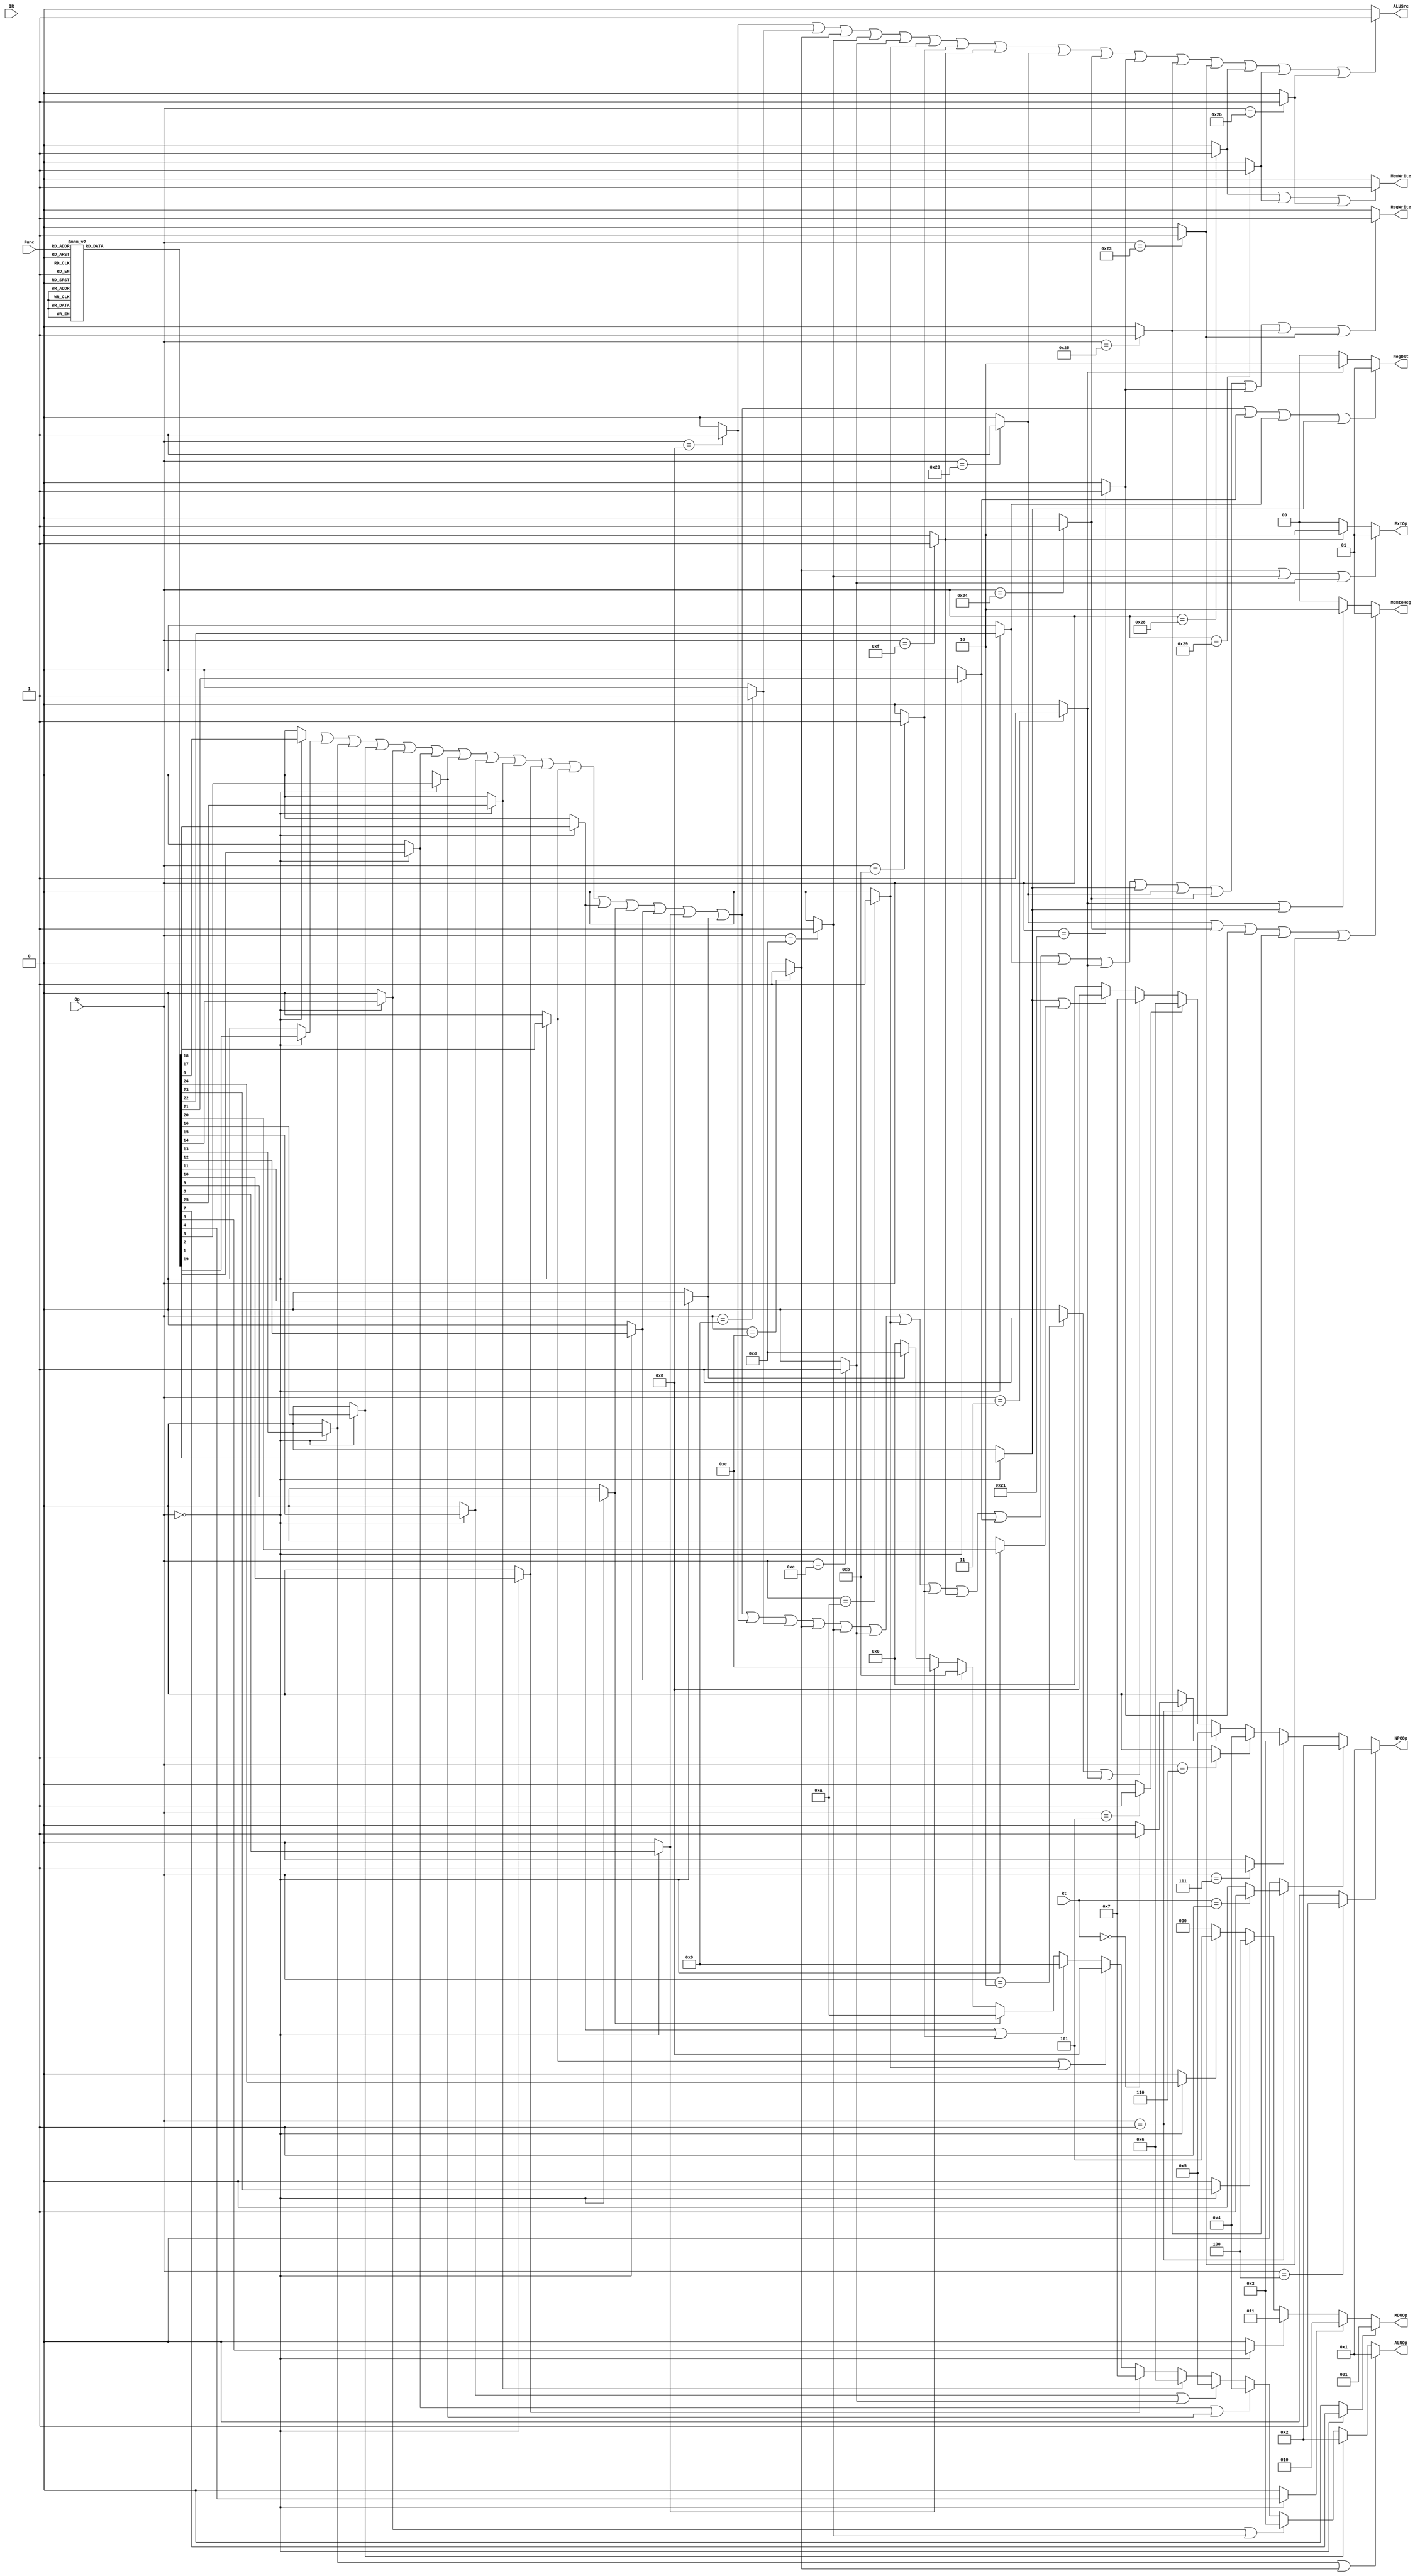
`timescale 1ns / 1ps
//////////////////////////////////////////////////////////////////////////////////
// Company: 
// Engineer: 
// 
// Design Name: 
// Module Name:    control 
// Project Name: 
// Target Devices: 
// Tool versions: 
// Description: 
//
// Dependencies: 
//
// Revision: 
// Revision 0.01 - File Created
// Additional Comments: 
//
//////////////////////////////////////////////////////////////////////////////////
module ctrl(
	 input [31:0] IR,
    input [5:0] Op,
    input [5:0] Func,
	 input [4:0] Rt,
    output [1:0] RegDst,
    output RegWrite,
    output ALUSrc,
    output MemWrite,
    output [1:0] MemtoReg,
    output [1:0] ExtOp,
    output [3:0] ALUOp,
	 output [2:0] MDUOp,
	 output [3:0] NPCOp
    );
	 
	reg LB,LBU,LH,LHU,LW,
		 SB,SH,SW,
		 ADD,ADDU,SUB,SUBU,
		 MULT,MULTU,DIV,DIVU,
		 SLL,SRL,SRA,SLLV,SRLV,SRAV,
		 AND,OR,XOR,NOR,
		 ADDI,ADDIU,ANDI,ORI,XORI,LUI,
		 SLT,SLTI,SLTIU,SLTU,
		 BEQ,BNE,BLEZ,BGTZ,BLTZ,BGEZ,
		 J,JAL,JALR,JR,
		 MFHI,MFLO,MTHI,MTLO;
	
	initial begin
		{LB,LBU,LH,LHU,LW,SB,SH,SW,
		 ADD,ADDU,SUB,SUBU,
		 MULT,MULTU,DIV,DIVU,
		 SLL,SRL,SRA,SLLV,SRLV,SRAV,
		 AND,OR,XOR,NOR,
		 ADDI,ADDIU,ANDI,ORI,XORI,LUI,
		 SLT,SLTI,SLTIU,SLTU,
		 BEQ,BNE,BLEZ,BGTZ,BLTZ,BGEZ,
		 J,JAL,JALR,JR,
		 MFHI,MFLO,MTHI,MTLO} = 42'b0;
	end

	assign	RegDst 	= (ADD | ADDU | AND | NOR | OR | SUB | SUBU | XOR | SLL | SLLV | SLT | SLTU | SRA | SRAV | SRL | SRLV | MFHI | MFLO | JALR) ? 2'b01 :
							  (JAL)	? 2'b10 :
										  2'b00;
										  
	assign	RegWrite = (ADD | ADDU | AND | NOR | OR | SUB | SUBU | XOR | SLL | SLLV | SLT | SLTU | SRA | SRAV | SRL | SRLV | ADDI | ADDIU | ANDI | ORI | XORI | SLTI | SLTIU | LUI | MFHI | MFLO | JAL | JALR | LB | LBU | LH | LHU | LW)	? 1 :
										  0;
										  
	assign	ALUSrc 	= (ADDI | ADDIU | ANDI | ORI | XORI | SLTI | SLTIU | LUI | LB | LBU | LH | LHU | LW | SB | SH | SW) ? 1 :
										  0;
										  
	assign	MemWrite = (SB | SH | SW) ? 1 :
										  0;
										  
	assign	MemtoReg = (LB | LBU | LH | LHU | LW) ? 2'b01 :
							  (JAL | JALR) ? 2'b10 :
										  2'b00;
										  
	assign	ExtOp 	= (ANDI | ORI | XORI) ? 2'b01 :
							  (LUI)	 ? 2'b10 :
											2'b00;
											  
	assign	ALUOp 	= (AND | ANDI)		? 4'b0001 :
							  (NOR)				? 4'b0010 :
							  (OR | ORI)		? 4'b0011 :
							  (SUB | SUBU)		? 4'b0100 :
							  (XOR | XORI)		? 4'b0101 :
							  (SLL)				? 4'b0110 :
							  (SLLV)				? 4'b0111 :
							  (SLT | SLTI)		? 4'b1000 :
							  (SLTU | SLTIU)	? 4'b1001 :
							  (SRA)				? 4'b1010 :
							  (SRAV)				? 4'b1011 :
							  (SRL)				? 4'b1100 :
							  (SRLV)				? 4'b1101 :
													  4'b0000;
							  
	assign	MDUOp		= (DIVU) ? 3'b001 :
							  (MULT) ? 3'b010 :
							  (MULTU)? 3'b011 :
							  (MTHI) ? 3'b100 :
							  (MTLO) ? 3'b101 :
										  3'b000;



	assign	NPCOp 	= (BEQ)			? 4'b0001 :
							  (BGEZ)			? 4'b0010 :
							  (BGTZ)			? 4'b0011 :
							  (BLEZ)			? 4'b0100 :
							  (BLTZ)			? 4'b0101 :
							  (BNE)			? 4'b0110 :
							  (J | JAL)		? 4'b0111 :
							  (JALR | JR)	? 4'b1000 :
												  4'b0000;
	
	always @ (IR or Op or Func or Rt) begin
		{LB,LBU,LH,LHU,LW,SB,SH,SW,
		 ADD,ADDU,SUB,SUBU,
		 MULT,MULTU,DIV,DIVU,
		 SLL,SRL,SRA,SLLV,SRLV,SRAV,
		 AND,OR,XOR,NOR,
		 ADDI,ADDIU,ANDI,ORI,XORI,LUI,
		 SLT,SLTI,SLTIU,SLTU,
		 BEQ,BNE,BLEZ,BGTZ,BLTZ,BGEZ,
		 J,JAL,JALR,JR,
		 MFHI,MFLO,MTHI,MTLO} = 42'b0;
		case(Op)
			6'b000000:	begin
								case(Func)
									6'b000000:	SLL 	= 1;
									6'b000010:	SRL	= 1;
									6'b000011:	SRA	= 1;
									6'b000100:	SLLV	= 1;
									6'b000110:	SRLV	= 1;
									6'b000111:	SRAV	= 1;
									6'b001000:	JR		= 1;
									6'b001001:	JALR	= 1;
									6'b010000:	MFHI	= 1;
									6'b010001:	MTHI	= 1;
									6'b010010:	MFLO	= 1;
									6'b010011:	MTLO	= 1;
									6'b011000:	MULT	= 1;
									6'b011001:	MULTU	= 1;
									6'b011010:	DIV 	= 1;
									6'b011011:	DIVU	= 1;
									6'b100000:	ADD 	= 1;
									6'b100001:	ADDU	= 1;
									6'b100010:	SUB	= 1;
									6'b100011:	SUBU	= 1;
									6'b100100:	AND 	= 1;
									6'b100101:	OR		= 1;
									6'b100110:	XOR	= 1;
									6'b100111:	NOR	= 1;
									6'b101010:	SLT	= 1;
									6'b101011:	SLTU	= 1;
								endcase
							end
			6'b000001:	begin
								case(Rt)
									5'b00000:	BLTZ = 1;
									5'b00001:	BGEZ = 1;
								endcase
							end
			6'b000010:	J		= 1;
			6'b000011:	JAL	= 1;
			6'b000100:	BEQ 	= 1;
			6'b000101:	BNE 	= 1;
			6'b000110:	BLEZ 	= 1;
			6'b000111:	BGTZ 	= 1;
			6'b001000:	ADDI 	= 1;
			6'b001001:	ADDIU = 1;
			6'b001010:	SLTI	= 1;
			6'b001011:	SLTIU	= 1;
			6'b001100:	ANDI 	= 1;
			6'b001101:	ORI	= 1;
			6'b001110:	XORI	= 1;
			6'b001111:	LUI	= 1;
			6'b100000:	LB		= 1;
			6'b100001:	LH		= 1;
			6'b100011:	LW		= 1;
			6'b100100:	LBU	= 1;
			6'b100101:	LHU	= 1;
			6'b101000:	SB		= 1;
			6'b101001:	SH		= 1;
			6'b101011:	SW		= 1;
			default:	{LB,LBU,LH,LHU,LW,SB,SH,SW,
						 ADD,ADDU,SUB,SUBU,
						 MULT,MULTU,DIV,DIVU,
						 SLL,SRL,SRA,SLLV,SRLV,SRAV,
						 AND,OR,XOR,NOR,
						 ADDI,ADDIU,ANDI,ORI,XORI,LUI,
						 SLT,SLTI,SLTIU,SLTU,
						 BEQ,BNE,BLEZ,BGTZ,BLTZ,BGEZ,
						 J,JAL,JALR,JR,
						 MFHI,MFLO,MTHI,MTLO} = 42'b0;
		endcase
	end
endmodule